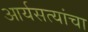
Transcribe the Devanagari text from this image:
आर्यसत्यांचा